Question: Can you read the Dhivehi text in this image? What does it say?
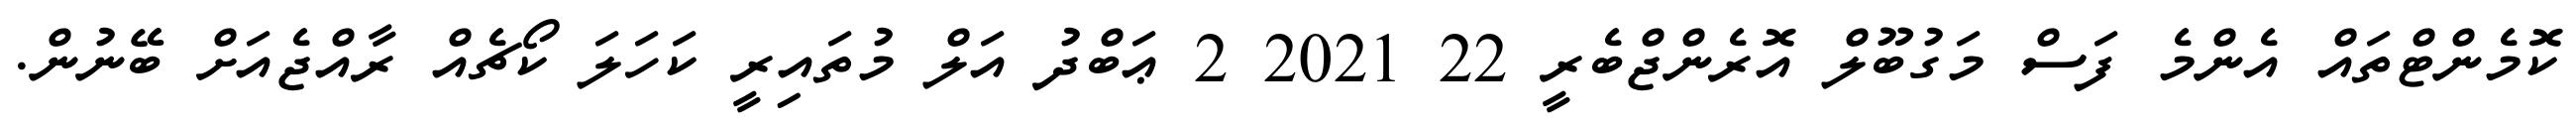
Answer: ކޮމެންޓްތައް އެންމެ ފަސް މަގުބޫލް އޮރެންޖްބެރީ 22 2021 2 ޢަބްދު އަލް މުތައިރީ ކަހަލަ ކޯޗެއް ރާއްޖެއަށް ބޭނުން.